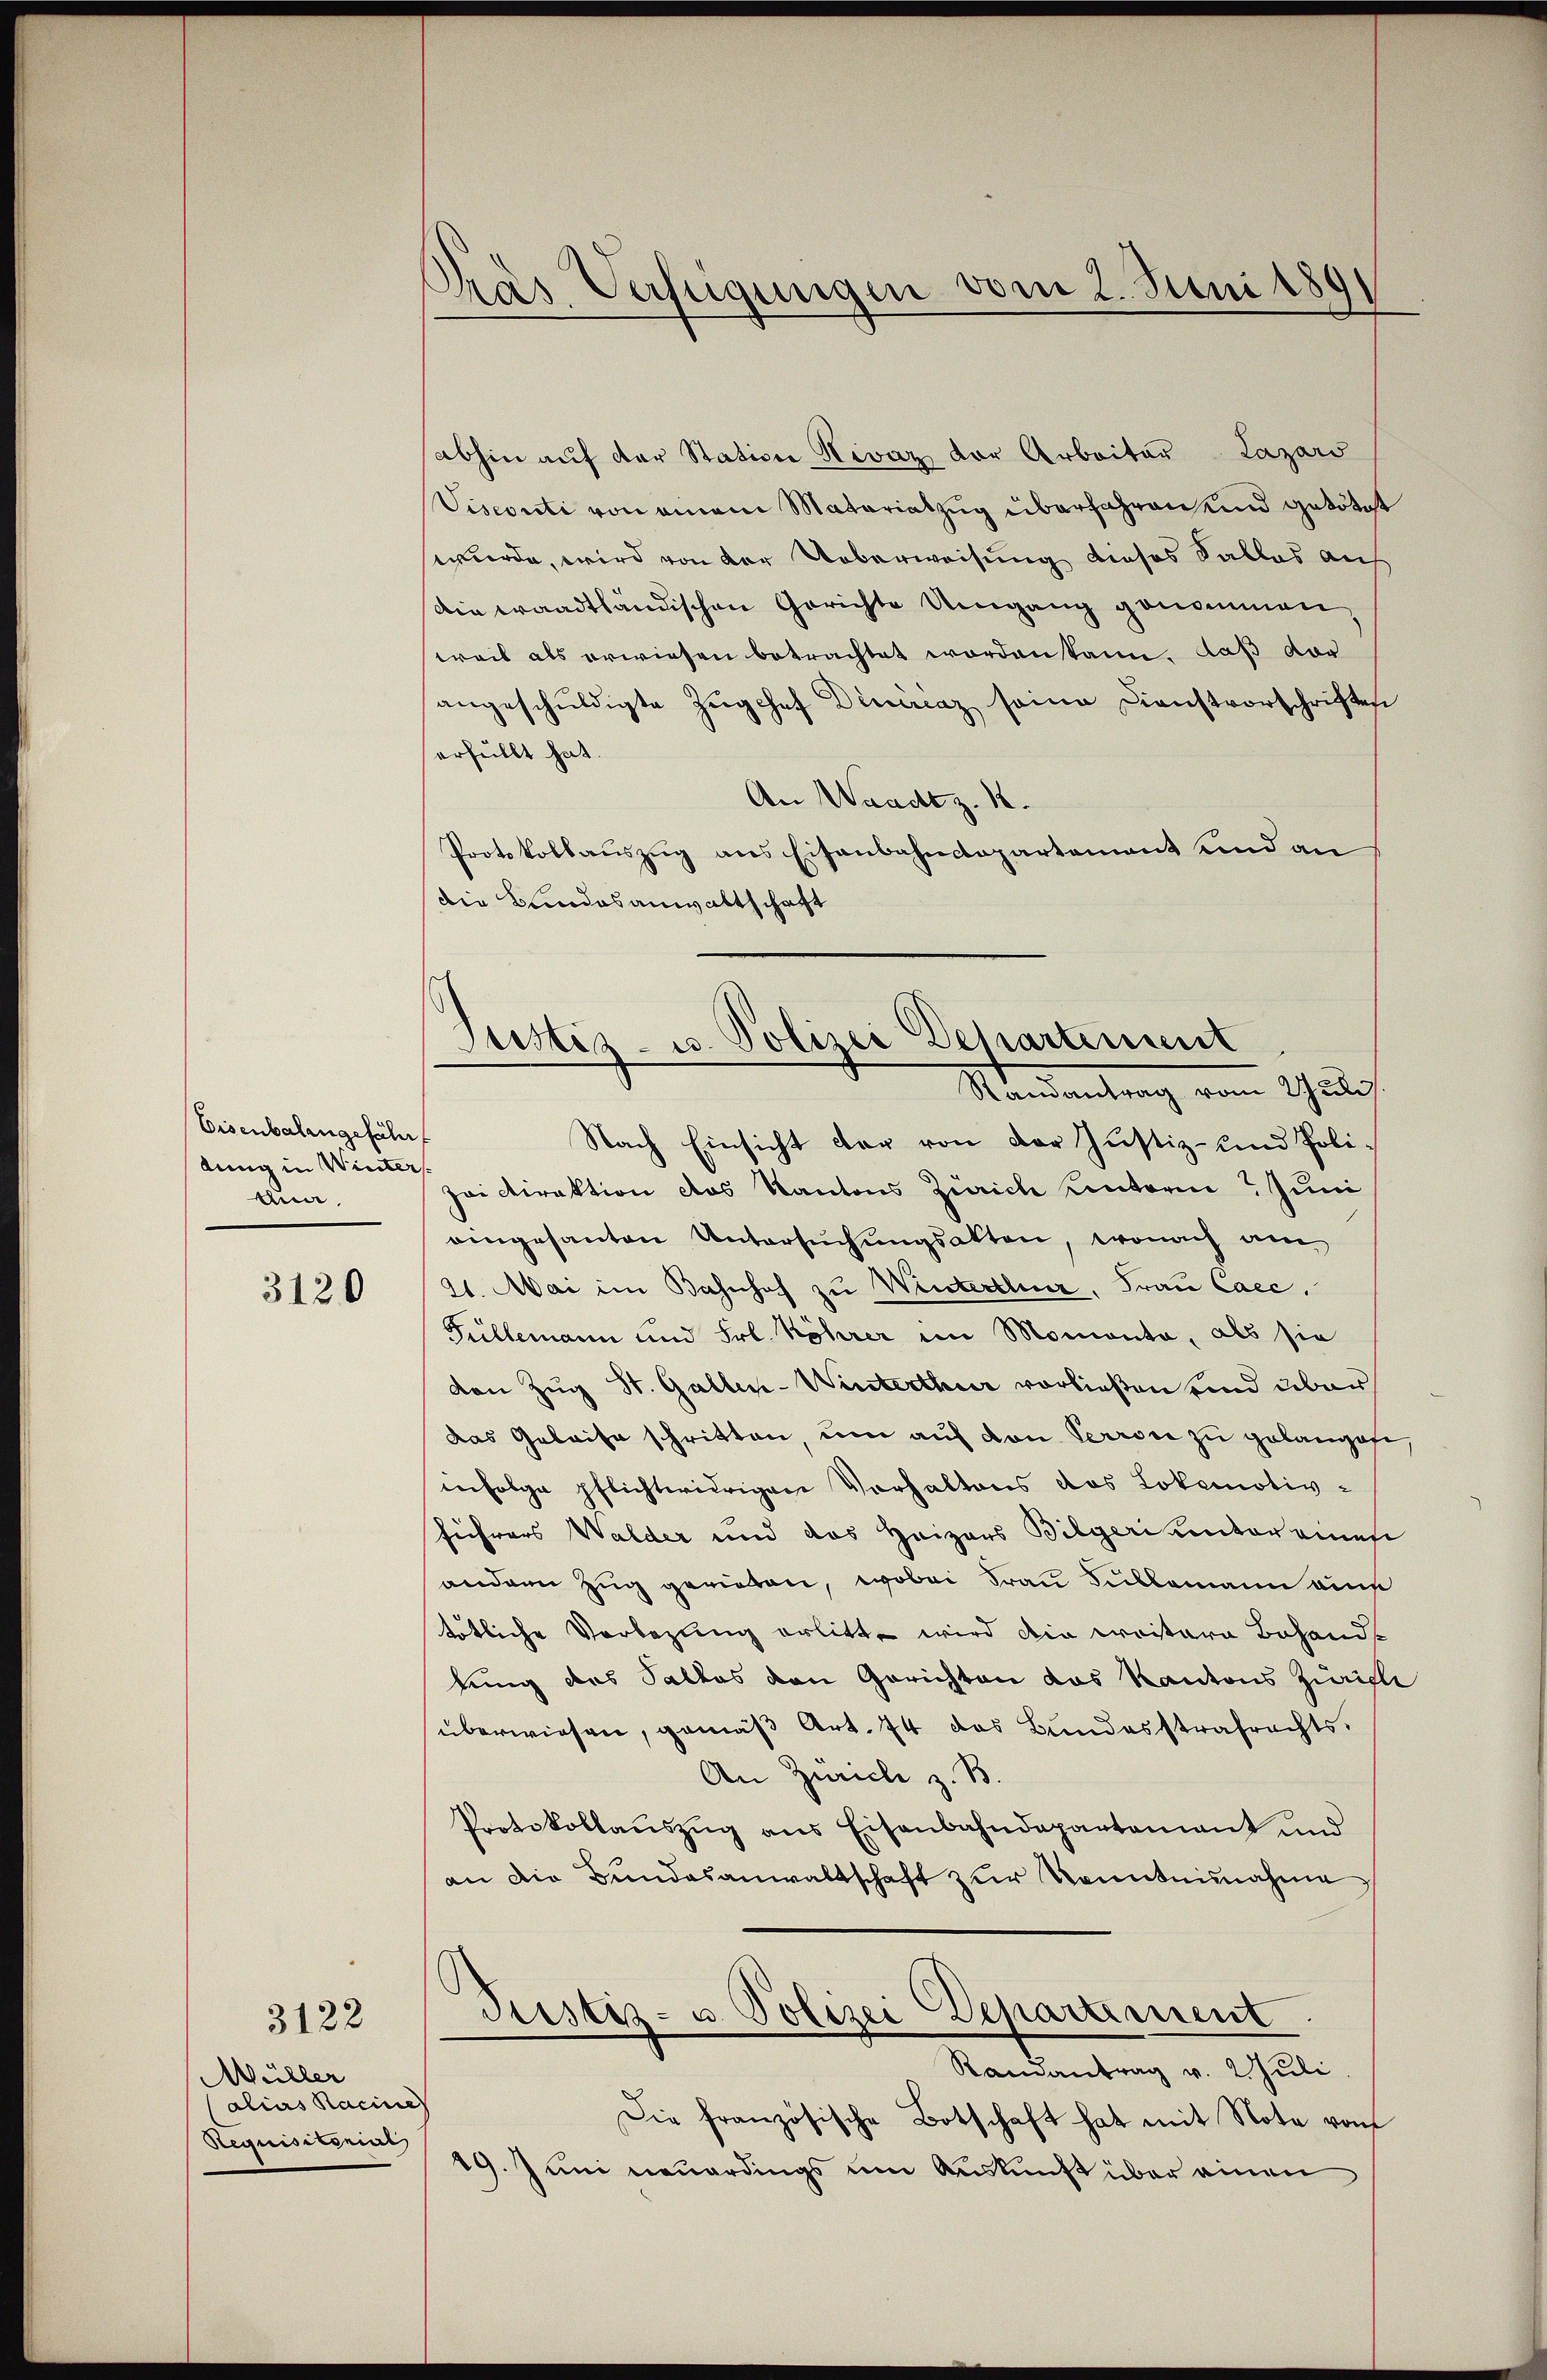
Eisenbalangeführ
dung in Winter
Ann

3120

3122

Müller
alias Racine
Requisitonius,

Pras Verfügungen vom 2. Juni 1891

abhin aŭf der Station Nivaz der Arbeiter Lazars
Visconti von einem Matariatzug überfahren und getötet
werde, wird von der Ueberweisung dieses Salles auf
Ain waadtländischen Gerichte Umgang genommen,
weis als erwiesen betrachtet worden kann. Daß vor
angeschuldigte Zŭgchef Dinércaz seine Dienstvorschriften
erfüllt hat.
An Waadt z. 12.
Protokollauszug aus Eisenbahndepartement und an
die Bundesanwaltschaft

Justiz- u. Polizei Departement
—
Randantrag vom Schuld

Nach Einsicht der von der Justiz- und Poli¬
Zai Direktion des Kantons Zürich unterm Juni
eingesanten Untersŭchŭngsakten, wonach am
21. Mai im Bahnhof zu Winterthur, Frau Caec.
Füllemann und Frl. Köhrer im Momenta, als sie
den Zug St. Gallen-Winterthur vorließen und über
das Geleise schritten, um auf von Perrose zu gelangese
infolge pflichtwidrigen Verhaltens das Lokomotivführers Walder und das Heizers Bilgeri untereines
andern Zug gerieben, wobei Frau Bullamann ains
tötliche Vorbezung erlitt wird die weitern Behandlung des Palkos den Gerichten das Kantons Zürich
überwiesen, gemäß Art. 74 das Bundesstrafrechts¬
An Zürich z. B.
Protokollaŭszŭg ans Eisenbahndepartamant und
an die Bundesanwaltschaft zur Kenntnisnahme,
Justiz- u. Polizei Deparament
Randantrag v. 2. Juli.
Die französische Botschaft hat mit Note vom
19. Juni neuerdings um Auskunft über einen